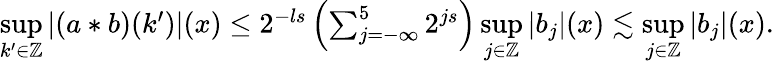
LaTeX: \begin{array}{r}{\underset{k^{\prime}\in\mathbb{Z}}{\operatorname*{sup}}\left|(a\ast b)(k^{\prime})\right|(x)\leq 2^{-ls}\left(\sum_{j=-\infty}^{5}2^{js}\right)\underset{j\in\mathbb{Z}}{\operatorname*{sup}}|b_{j}|(x)\lesssim\underset{j\in\mathbb{Z}}{\operatorname*{sup}}|b_{j}|(x).}\end{array}